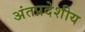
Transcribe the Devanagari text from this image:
अंतप्रदेशीय